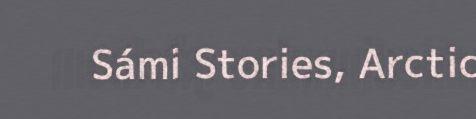
Sámi Stories, Arctic